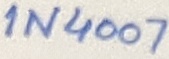
Text: 1N4007